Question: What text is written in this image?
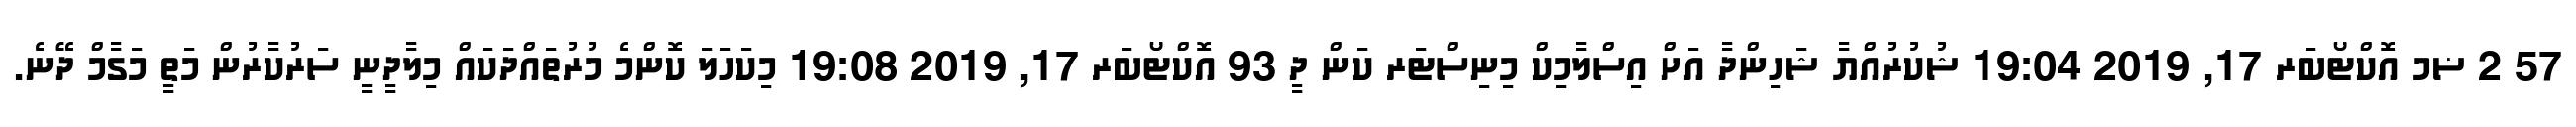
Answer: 57 2 ޟމ އޮކްޓޯބަރ 17, 2019 19:04 ޝުކުރުއްޔާ ޝަހިންދާ އަށް އިސްލާމިކް މިނިސްޓަރ ކަން ދީ 93 އޮކްޓޯބަރ 17, 2019 19:08 މިކަހަލަ ކޮންމެ މުރުތައްދަކައް މިލާދީނީ ސަރުކާރުން މަތީ މަގާމް ދޭނެ.